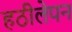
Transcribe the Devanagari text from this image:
हठीलेपन